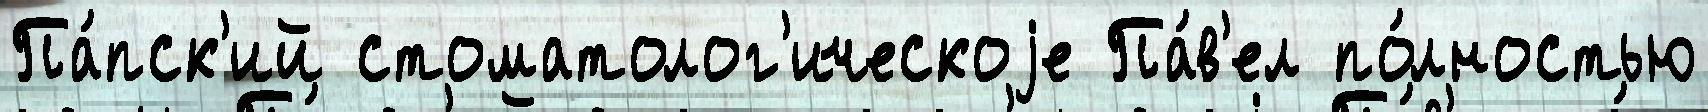
Па́пск'ий стоматолог'ическоjе Па́в'ел по́лностью